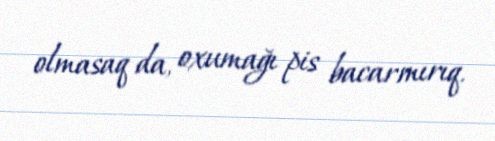
olmasaq da, oxumağı pis bacarmırıq.